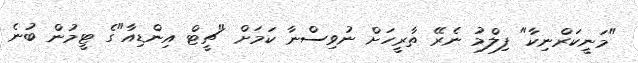
"މަނީކަރްނިކާ" ފިލްމު ނެރޭ ތާރީހަށް ނުވިސްނާ ކަމަށް "ޗީޓް އިންޑިއާ"ގެ ޓީމުން ބުނެ